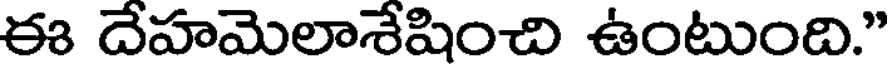
ఈ దేహమెలాశేషించి ఉంటుంది."